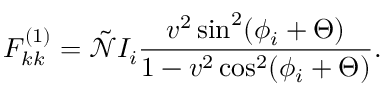
F _ { k k } ^ { ( 1 ) } = \tilde { \mathcal { N } } I _ { i } \frac { v ^ { 2 } \sin ^ { 2 } ( \phi _ { i } + \Theta ) } { 1 - v ^ { 2 } \cos ^ { 2 } ( \phi _ { i } + \Theta ) } .